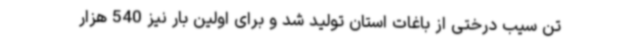
تن سیب درختی از باغات استان تولید شد و برای اولین بار نیز 540 هزار